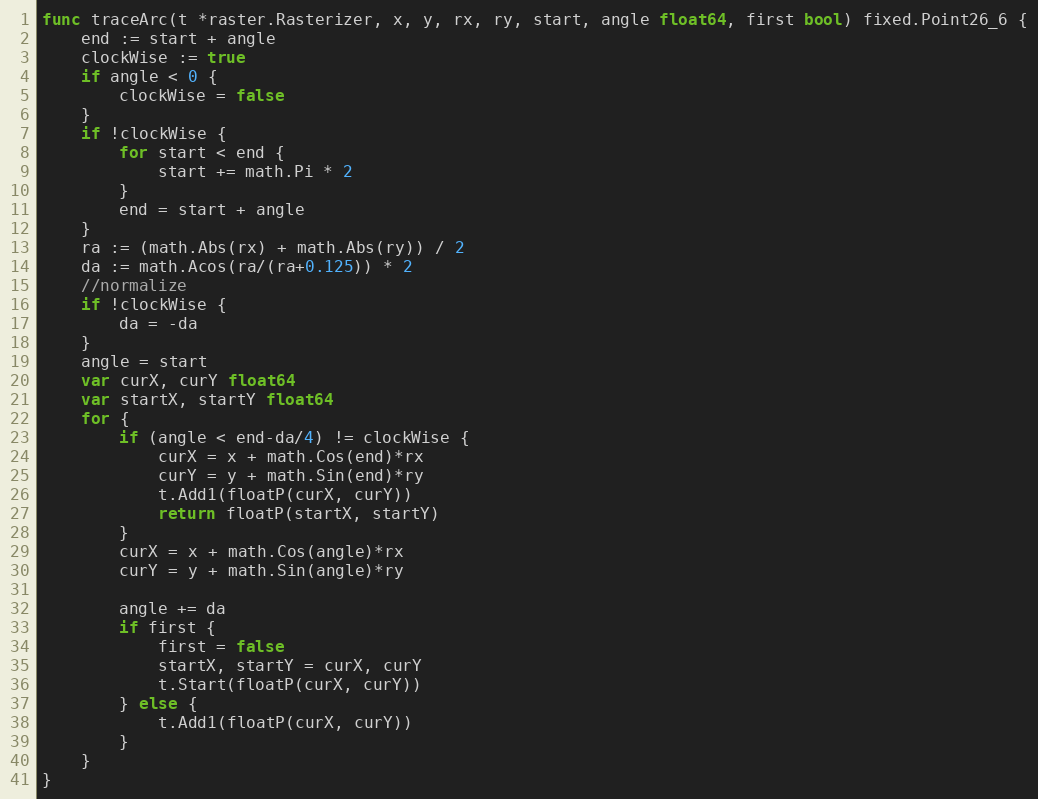
Language: Go
func traceArc(t *raster.Rasterizer, x, y, rx, ry, start, angle float64, first bool) fixed.Point26_6 {
	end := start + angle
	clockWise := true
	if angle < 0 {
		clockWise = false
	}
	if !clockWise {
		for start < end {
			start += math.Pi * 2
		}
		end = start + angle
	}
	ra := (math.Abs(rx) + math.Abs(ry)) / 2
	da := math.Acos(ra/(ra+0.125)) * 2
	//normalize
	if !clockWise {
		da = -da
	}
	angle = start
	var curX, curY float64
	var startX, startY float64
	for {
		if (angle < end-da/4) != clockWise {
			curX = x + math.Cos(end)*rx
			curY = y + math.Sin(end)*ry
			t.Add1(floatP(curX, curY))
			return floatP(startX, startY)
		}
		curX = x + math.Cos(angle)*rx
		curY = y + math.Sin(angle)*ry

		angle += da
		if first {
			first = false
			startX, startY = curX, curY
			t.Start(floatP(curX, curY))
		} else {
			t.Add1(floatP(curX, curY))
		}
	}
}